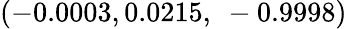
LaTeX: \left(-0.0003,0.0215,\ -0.9998\right)